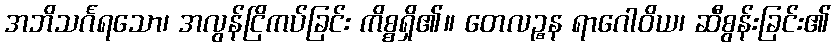
အဘိသင်္ဂရသော၊ အလွန်ငြိကပ်ခြင်း ကိစ္စရှိ၏။ တေလဉ္စန ရာဂေါဝိယ၊ ဆီစွန်းခြင်း၏